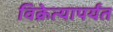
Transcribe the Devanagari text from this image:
विक्रेत्यापर्यंत